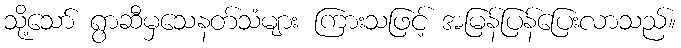
သို့သော် ရွာဆီမှသေနတ်သံများ ကြားသဖြင့် အမြန်ပြန်ပြေးလာသည်။